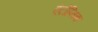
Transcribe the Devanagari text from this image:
एंटोप्तिक